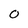
Character: 0